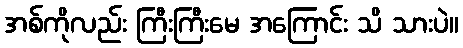
အစ်ကိုလည်း ကြီးကြီးမေ အကြောင်း သိ သားပဲ။